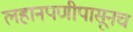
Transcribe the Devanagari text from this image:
लहानपणीपासूनच